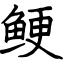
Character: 鲠